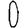
Digit: 0